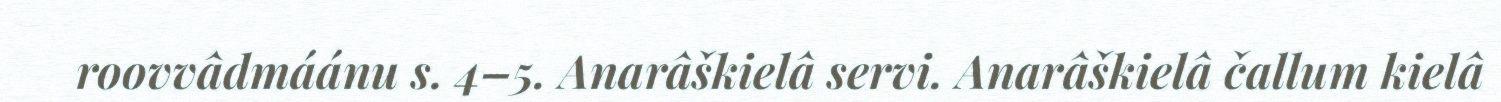
roovvâdmáánu s. 4–5. Anarâškielâ servi. Anarâškielâ čallum kielâ